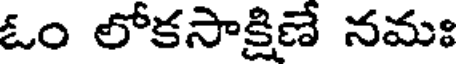
ఓం లోకసాక్షిణే నమః